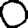
Digit: 0